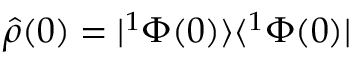
\hat { \rho } ( 0 ) = | ^ { 1 } \Phi ( 0 ) \rangle \langle ^ { 1 } \Phi ( 0 ) |